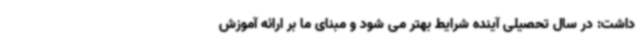
داشت: در سال تحصیلی آینده شرایط بهتر می شود و مبنای ما بر ارائه آموزش